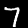
Label: 7